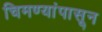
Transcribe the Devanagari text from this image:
चिमण्यांपासून